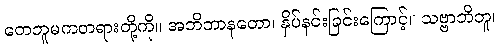
တေဘူမကတရားတို့ကို။ အဘိဘာနတော၊ နှိပ်နင်းခြင်းကြောင့်။ သဗ္ဗာဘိဘူ၊